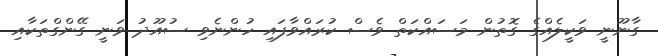
ގާނޫނީ ވަކީލެއްގެ ގޮތުން މަސައްކަތް ވެސް ކުރައްވާފައި ހުންނެވި ސުއޫދު ވަނީ ގޭންގްތަކާއި